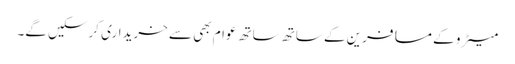
میٹرو کے مسافرین کے ساتھ ساتھ عوام بھی سے خریداری کرسکیں گے۔